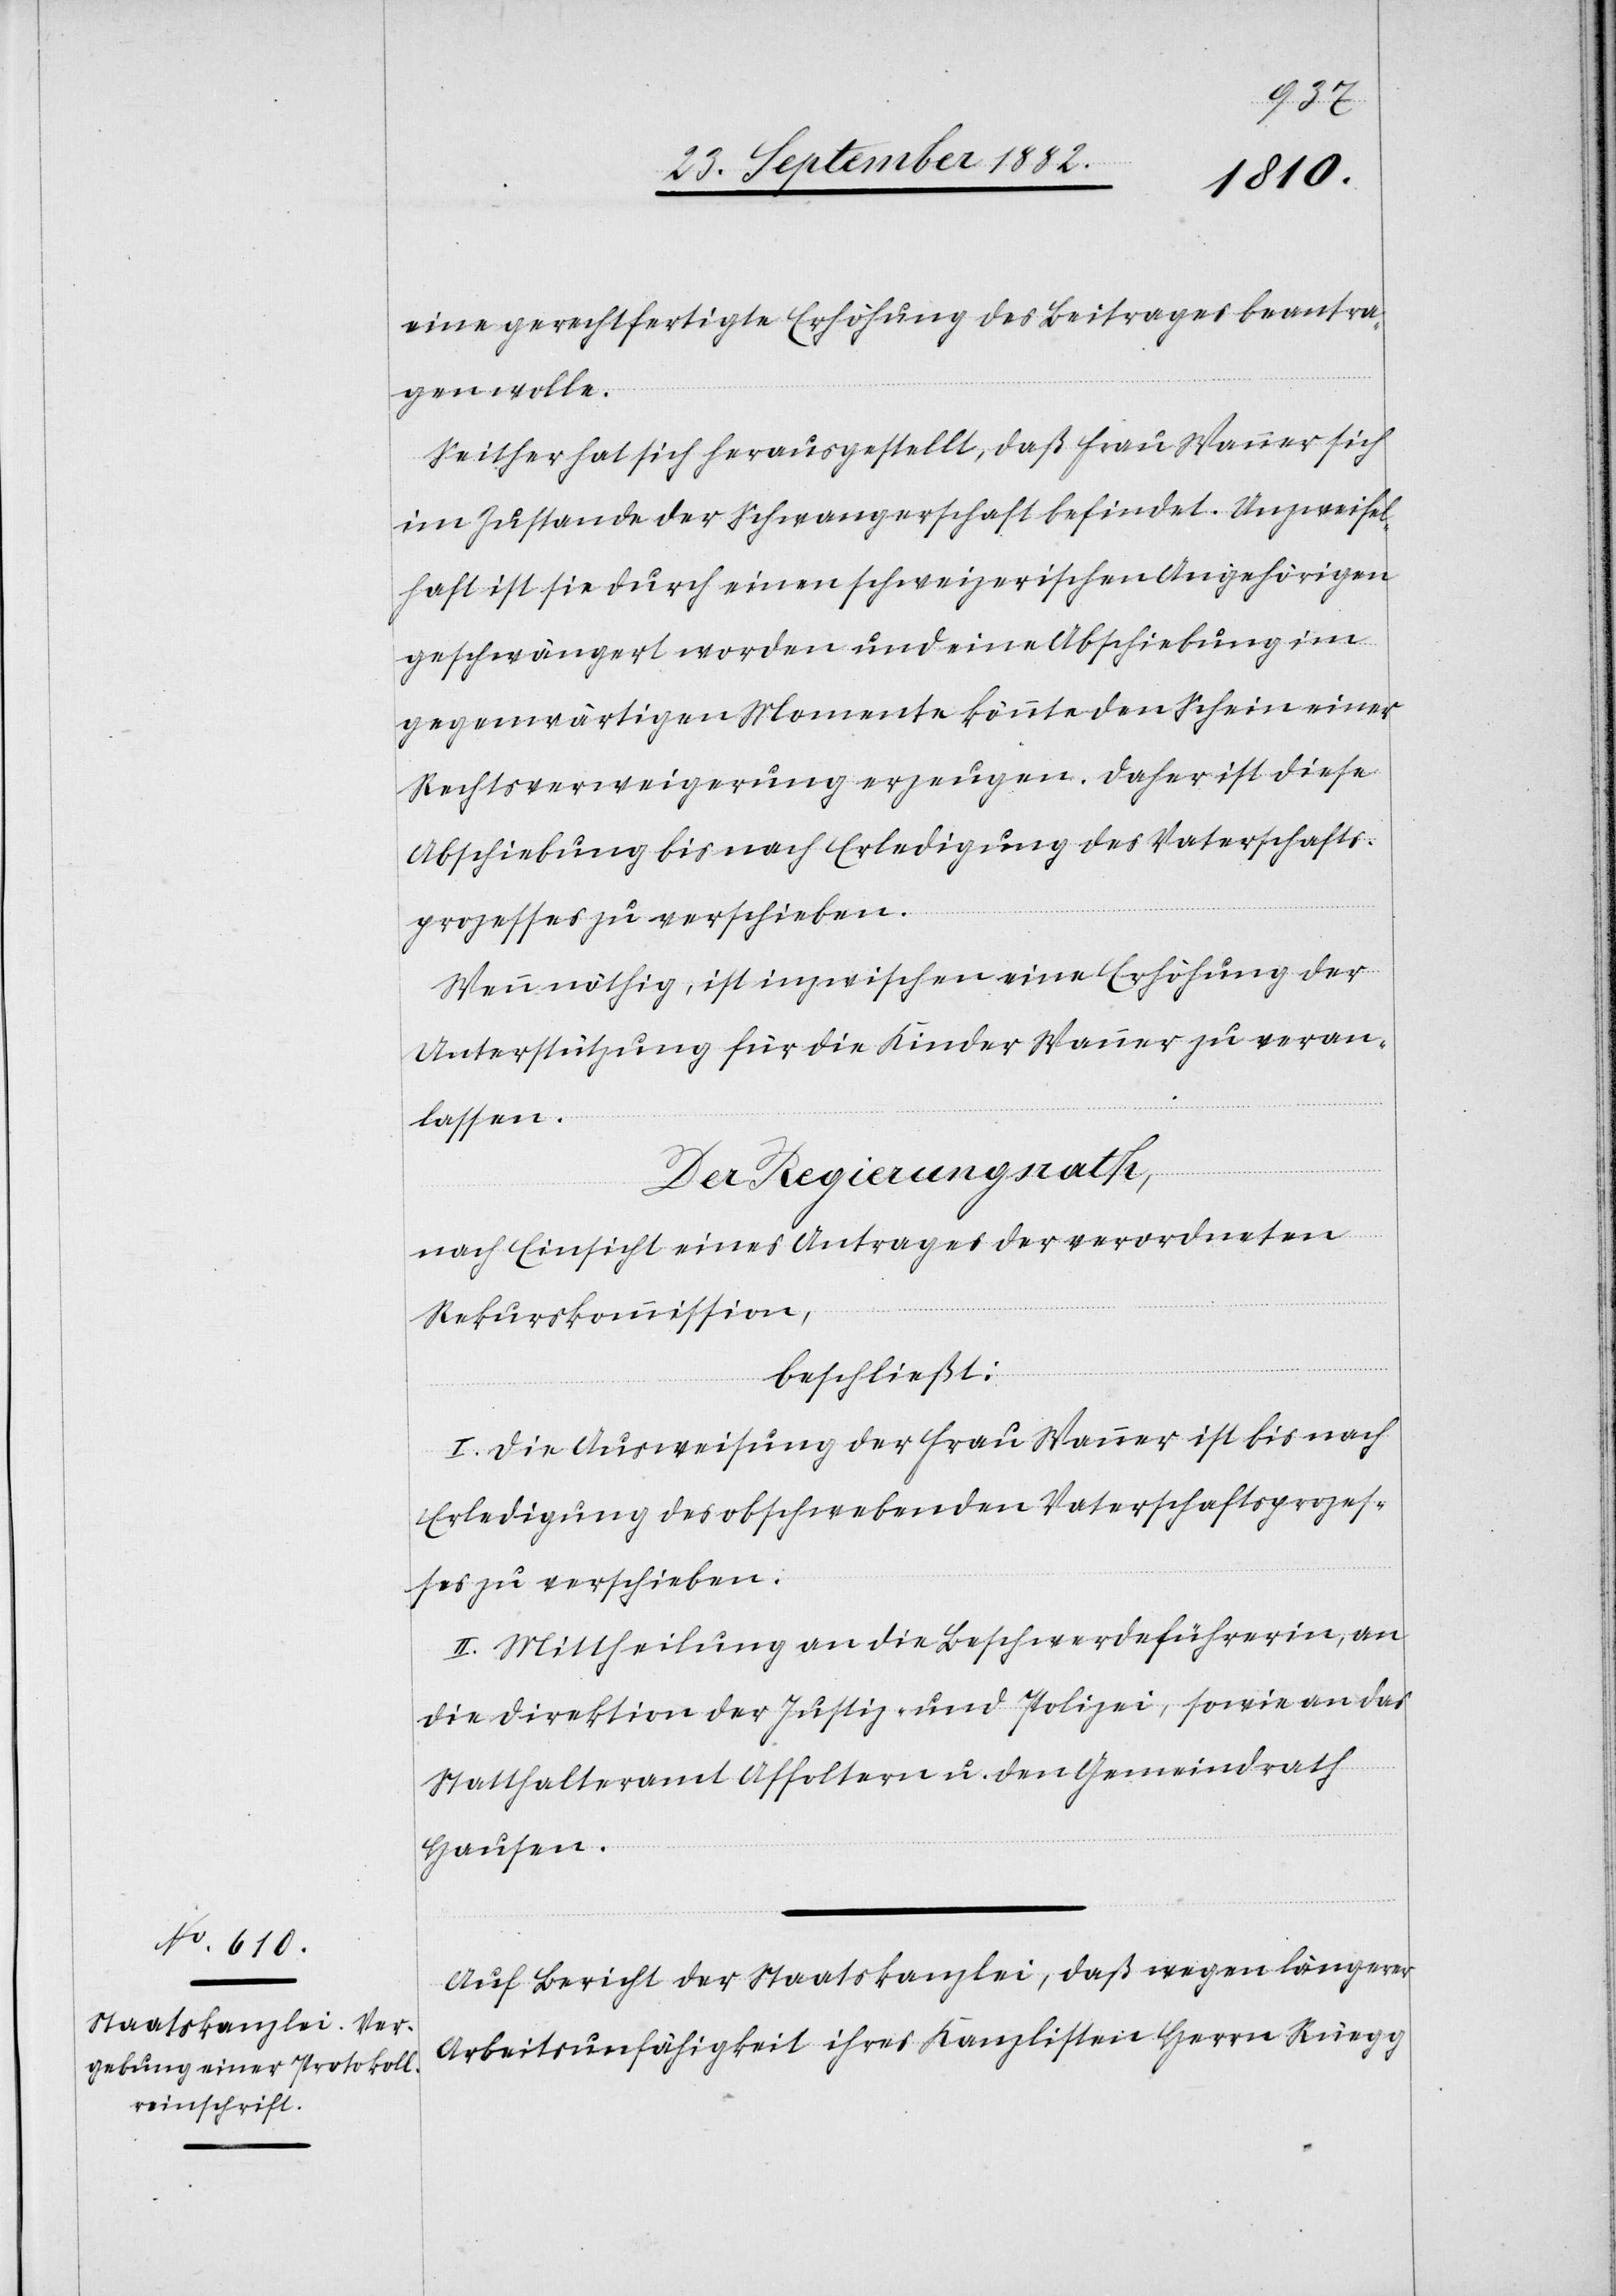
eine gerechtfertigte Erhöhung des Beitrages beantra¬
gen wolle.
Seither hat sich herausgestellt, daß Frau Wanner sich
im Zustande der Schwangerschaft befindet. Unzweifel¬
haft ist sie durch einen schweizerischen Angehörigen
geschwängert worden und eine Abschiebung im
gegenwärtigen Momente könnte den Schein einer
Rechtsverweigerung erzeugen. Daher ist diese
Abschiebung bis nach Erledigung des Vaterschafts¬
prozesses zu verschieben.
Wenn nöthig, ist inzwischen eine Erhöhung der
Unterstützung für die Kinder Wanner zu veran¬
lassen.
Der Regierungsrath,
nach Einsicht eines Antrages der verordneten
Rekurskommission,
beschließt:
I. Die Ausweisung der Frau Wanner ist bis nach
Erledigung des obschwebenden Vaterschaftsprozes¬
ses zu verschieben.
II. Mittheilung an die Beschwerdeführerin, an
die Direktion der Justiz & Polizei, sowie an das
Statthalteramt Affoltern u. den Gemeindrath
Hausen.
Auf Bericht der Staatskanzlei, daß wegen längerer
Arbeitsunfähigkeit ihres Kanzlisten Herrn Rüegg